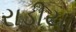
રાડીયા